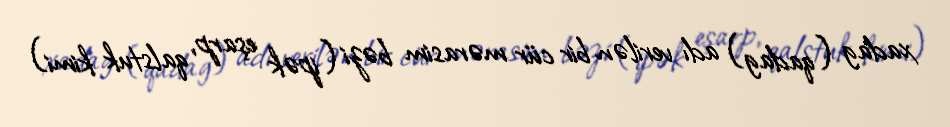
xadag (qadag) adı verilən bir cür mərasim bəzi (ipək eşarp, qalstuk kimi)